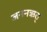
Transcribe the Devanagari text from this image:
जननऋतु